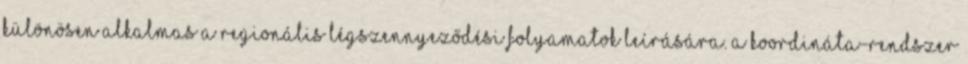
különösen alkalmas a regionális légszennyeződési folyamatok leírására. A koordináta-rendszer